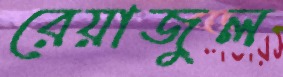
রেয়াজুল